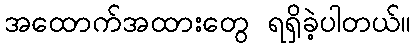
အထောက်အထားတွေ ရရှိခဲ့ပါတယ်။